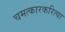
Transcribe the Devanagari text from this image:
चमत्कारकरित्या